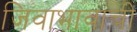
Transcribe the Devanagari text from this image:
जिवाभावाची